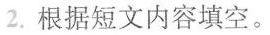
2.根据短文内容填空。